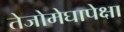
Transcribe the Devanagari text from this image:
तेजोमेघापेक्षा